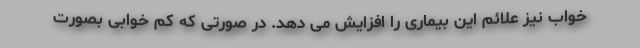
خواب نیز علائم این بیماری را افزایش می دهد. در صورتی که کم خوابی بصورت